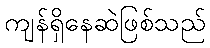
ကျန်ရှိနေဆဲဖြစ်သည်